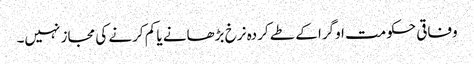
وفاقی حکومت اوگرا کے طے کردہ نرخ بڑھانے یا کم کرنے کی مجاز نہیں۔